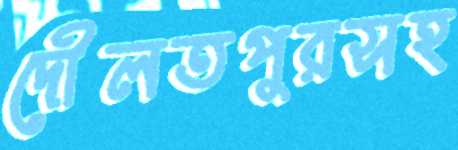
দৌলতপুরসহ